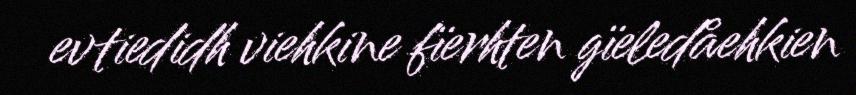
evtiedidh viehkine fïerhten gïeledåehkien